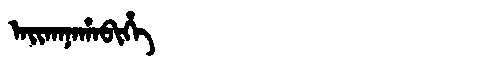
Manchu: ᠠᡳᡴᠠᠨᠠᡥᠠᠪᡳᡥᡝ
Romanization: AIKANAHABIHE